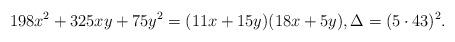
LaTeX: \begin{align*}198x^2 + 325xy + 75y^2 = (11x + 15y)(18x + 5y), \Delta = (5\cdot 43)^2.\end{align*}